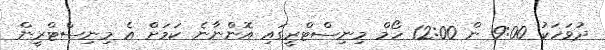
ދުވަހަކު 9:00 ން 12:00 ހޯމް މިނިސްޓްރީގައި އޮންނާނެ ކަމަށް އެ މިނިސްޓްރީން